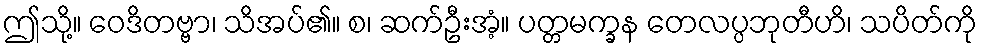
ဤသို့။ ဝေဒိတဗ္ဗာ၊ သိအပ်၏။ စ၊ ဆက်ဦးအံ့။ ပတ္တမက္ခန တေလပ္ပဘုတီဟိ၊ သပိတ်ကို